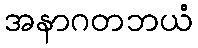
အနာဂတဘယံ